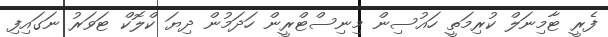
ފެރީ ޓާމިނަލް ކުރިމަތީ ހައުސިން މިނިސްޓްރީން ހަދަމުން ދިޔަ ކްލޮކް ޓަވަރު ނަގައިފި